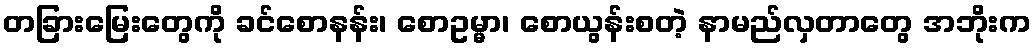
တခြားမြေးတွေကို ခင်စောနန်း၊ စောဥမ္မာ၊ စောယွန်းစတဲ့ နာမည်လှတာတွေ အဘိုးက